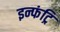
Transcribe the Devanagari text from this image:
इन्फंट्रि